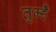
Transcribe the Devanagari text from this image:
तुम्हेँ